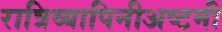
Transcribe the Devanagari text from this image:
रात्रिव्यापिनीअष्टमी